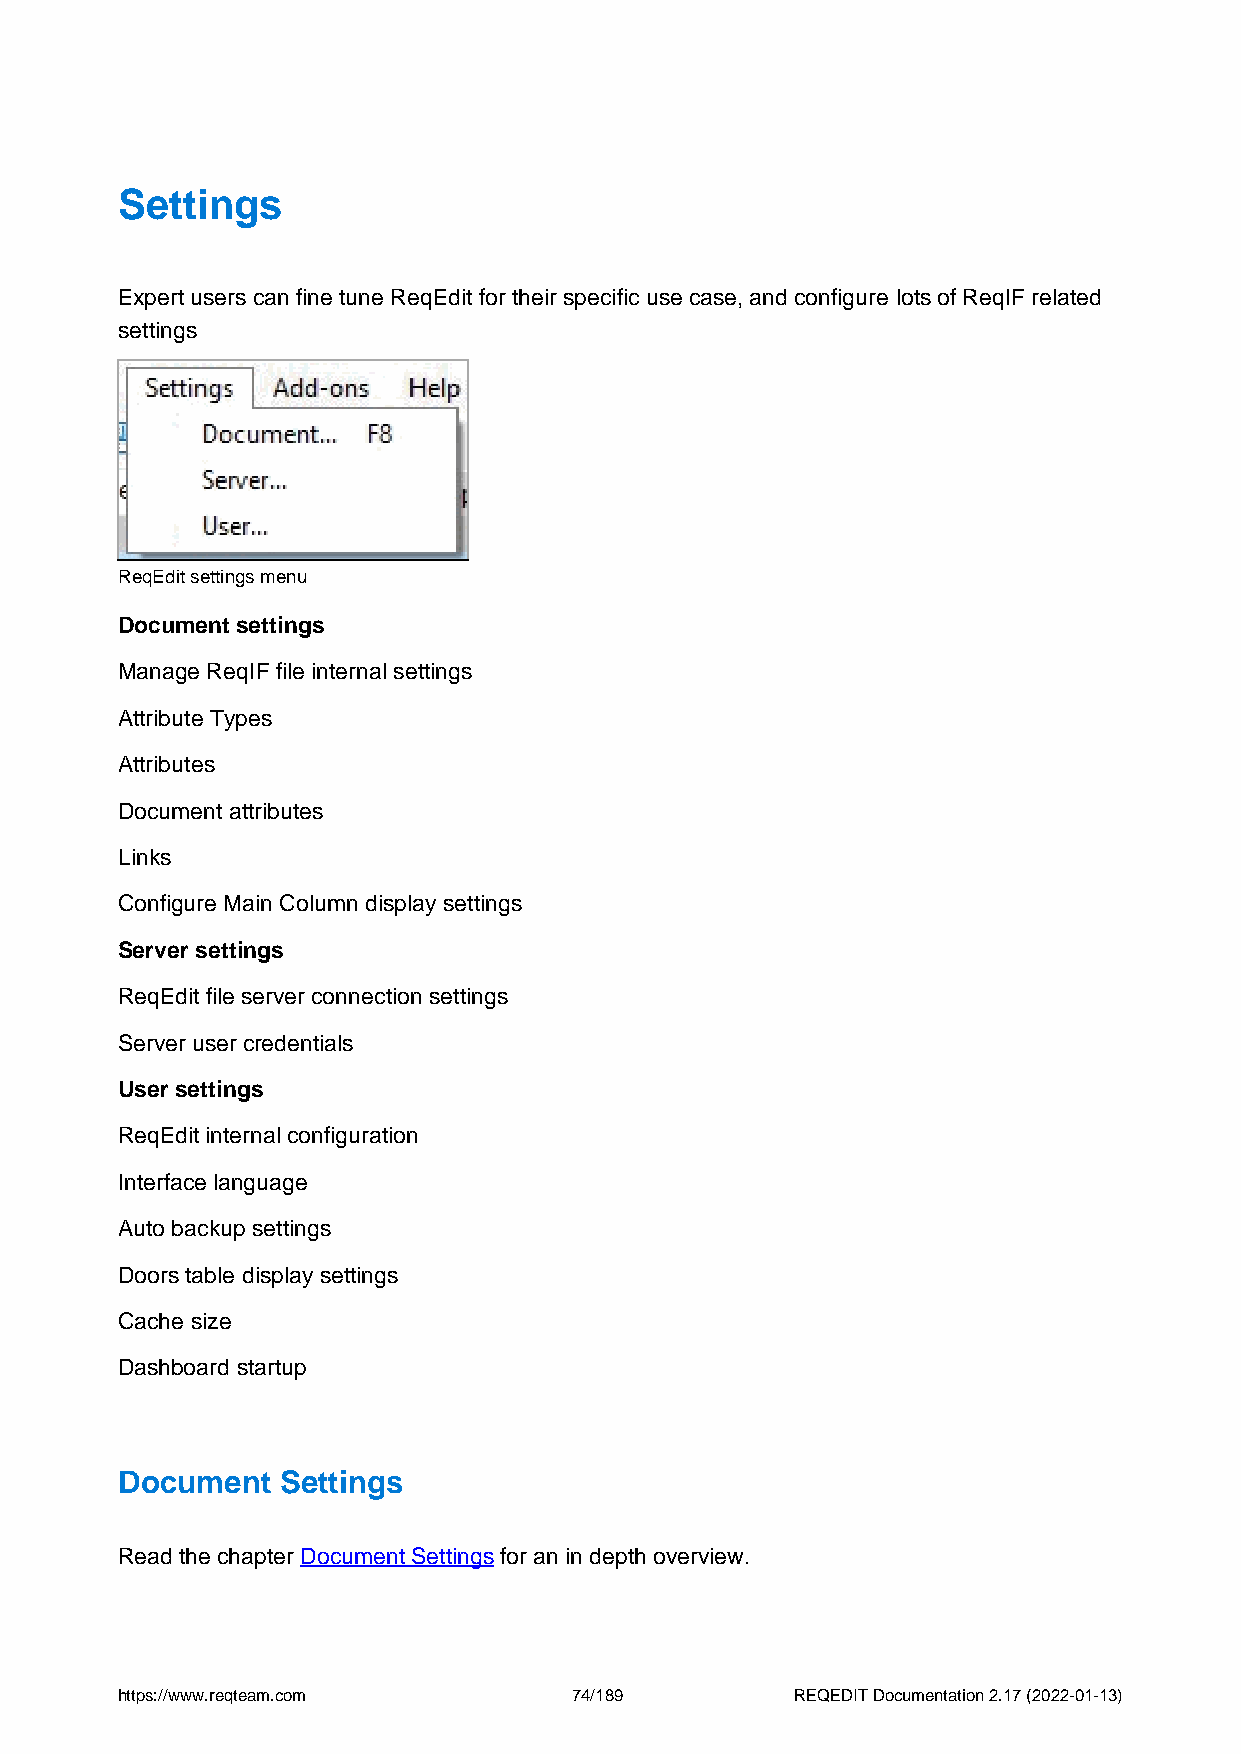
Settings
 Expert users can fine tune ReqEdit for their specific use case, and configure lots of ReqIF related
 settings
 ReqEdit settings menu
 Document settings
 Manage ReqIF file internal settings
 Attribute Types
 Attributes
 Document attributes
 Links
 Configure Main Column display settings
 Server settings
 ReqEdit file server connection settings
 Server user credentials
 User settings
 ReqEdit internal configuration
 Interface language
 Auto backup settings
 Doors table display settings
 Cache size
 Dashboard startup
 Document   Settings
 Read the chapter Document Settings for an in depth overview.
 https://www.reqteam.com       74/189         REQEDIT Documentation 2.17 (2022-01-13)